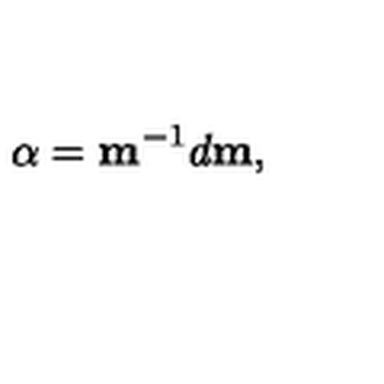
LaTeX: { \bf \alpha } = { \bf m } ^ { - 1 } d { \bf m } ,